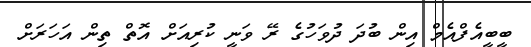
ބީބީއެފްއެމް އިން ބުދަ ދުވަހުގެ ރޭ ވަނީ ކުރިއަށް އޮތް ތިން އަހަރަށް